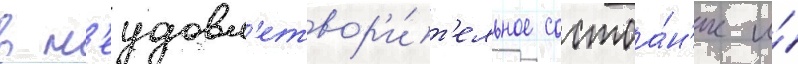
в н'еудовл'етвор'и́т'ельное состоа́н'ие и́